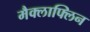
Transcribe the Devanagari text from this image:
मैक्लाफ्लिन